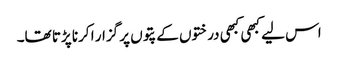
اس لیے کبھی کبھی درختوں کے پتوں پر گزار ا کرنا پڑتا تھا۔